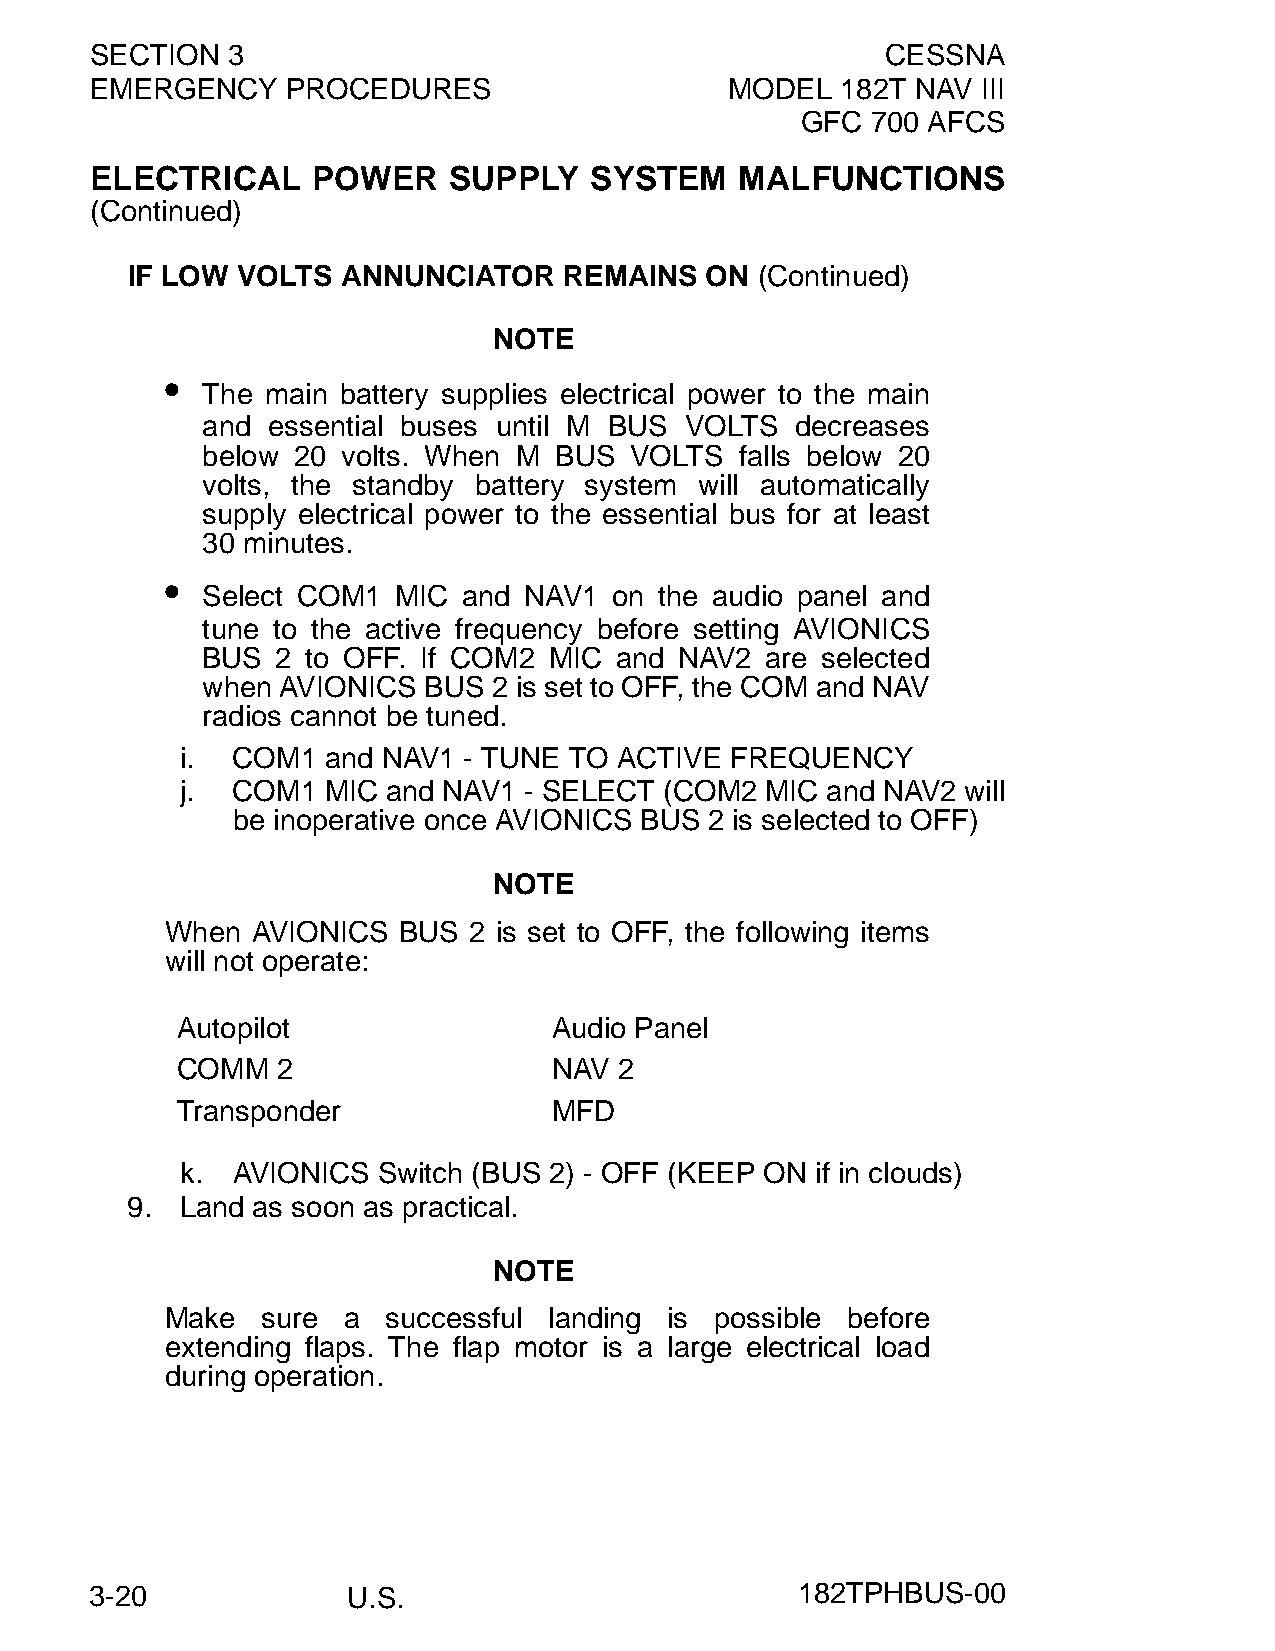
SECTION  3                                           CESSNA
 EMERGENCY    PROCEDURES                   MODEL   182T NAV III
 GFC  700 AFCS
 ELECTRICAL     POWER    SUPPLY   SYSTEM    MALFUNCTIONS
 (Continued)
 IF LOW  VOLTS  ANNUNCIATOR   REMAINS   ON (Continued)
 NOTE
 •
 The  main battery supplies electrical power to the main
 and  essential buses until M BUS VOLTS  decreases
 below 20  volts. When M BUS  VOLTS  falls below 20
 volts, the standby battery system will automatically
 supply electrical power to the essential bus for at least
 30 minutes.
 •
 Select COM1  MIC  and NAV1  on the audio panel and
 tune to the active frequency before setting AVIONICS
 BUS  2 to OFF. If COM2 MIC  and NAV2  are selected
 when  AVIONICS BUS  2 is set to OFF, the COM and NAV
 radios cannot be tuned.
 i. COM1   and NAV1 - TUNE TO ACTIVE FREQUENCY
 j. COM1  MIC  and NAV1 - SELECT (COM2  MIC and NAV2 will
 be inoperative once AVIONICS BUS 2 is selected to OFF)
 NOTE
 When  AVIONICS BUS  2 is set to OFF, the following items
 will not operate:
 Autopilot                Audio Panel
 COMM  2                  NAV 2
 Transponder              MFD
 k. AVIONICS  Switch (BUS 2) - OFF (KEEP ON if in clouds)
 9.  Land as soon as practical.
 NOTE
 Make  sure  a  successful landing is possible before
 extending flaps. The flap motor is a large electrical load
 during operation.
 3-20             U.S.                          182TPHBUS-00